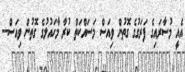
އެއީ މުސާރައިގެ ފަރަގުގެ ގޮތުން ވިއަސް މަސައްކަތް ކުރާ މާހައުލުގެ ގޮތުން ވިއަސް--